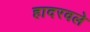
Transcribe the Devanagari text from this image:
हादरवले